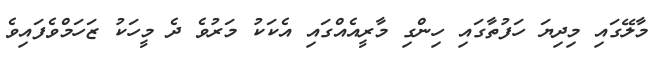
މާލޭގައި މިދިޔަ ހަފުތާގައި ހިންގި މާރީއެއްގައި އެކަކު މަރުވެ ދެ މީހަކު ޒަހަމްވެފައިވެ